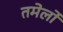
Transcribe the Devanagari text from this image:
तमेर्लो